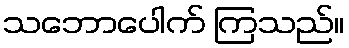
သဘောပေါက် ကြသည်။